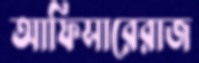
আফিসারেরাজ